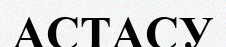
АСТАСУ